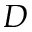
D